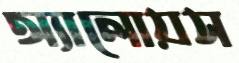
অ্যালোয়স